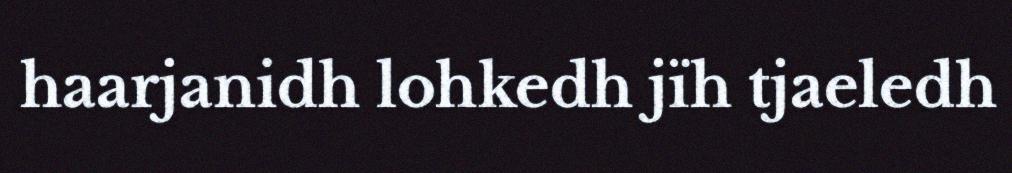
haarjanidh lohkedh jïh tjaeledh